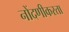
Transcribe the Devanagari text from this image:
नोंदणीकरता